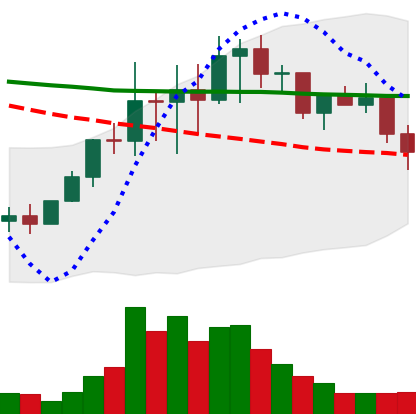
Ticker: LINK-USD
Chart end date: 2022-01-18
Forward return: -27.989%
Label: down_7plus